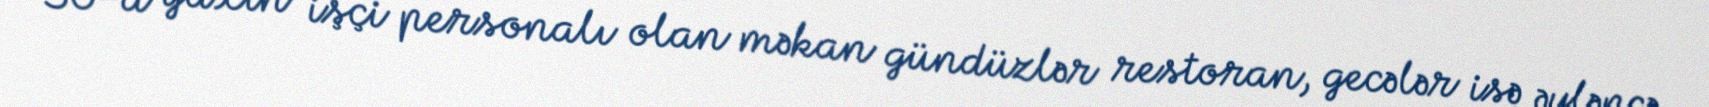
30-a yaxın işçi personalı olan məkan gündüzlər restoran, gecələr isə əyləncə